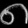
Digit: ၈